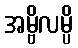
အမ္ဗိလမ္ပိ